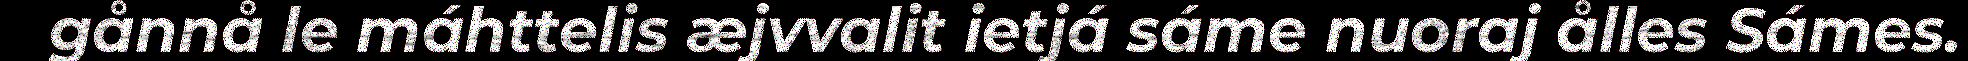
gånnå le máhttelis æjvvalit ietjá sáme nuoraj ålles Sámes.